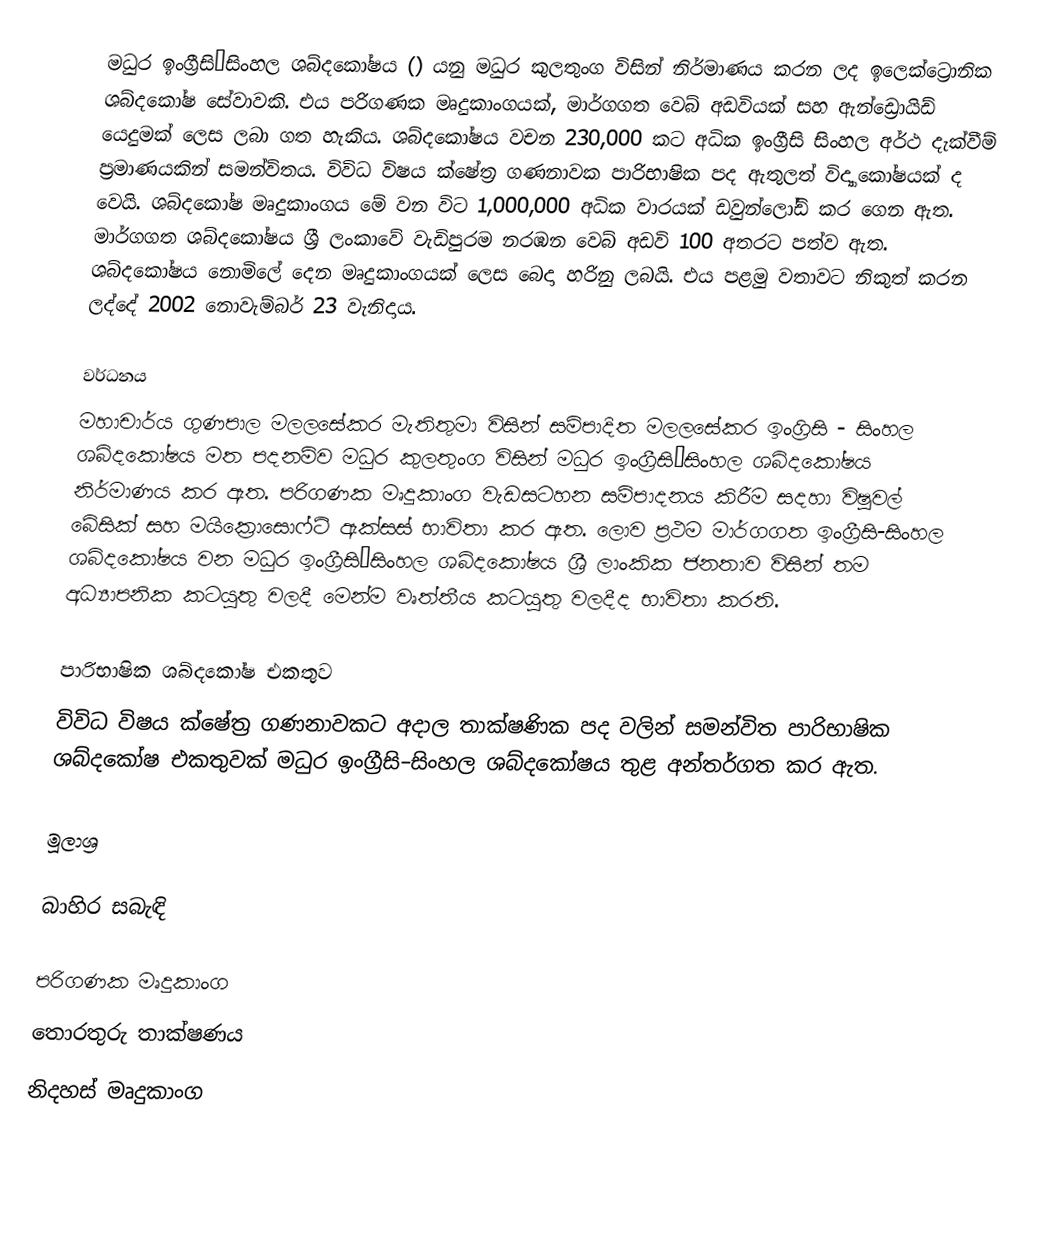
මධුර ඉංග්‍රීසි–සිංහල ශබ්දකෝෂය () යනු මධුර කුලතුංග විසින් නිර්මාණය කරන ලද ඉලෙක්ට්‍රොනික ශබ්දකෝෂ සේවාවකි. එය පරිගණක මෘදුකාංගයක්, මාර්ගගත වෙබ් අඩවියක් සහ ඇන්ඩ්‍රොයිඩ් යෙදුමක් ලෙස ලබා ගත හැකිය. ශබ්දකෝෂය වචන 230,000 කට අධික ඉංග්‍රීසි සිංහල අර්ථ දැක්වීම් ප්‍රමාණයකින් සමන්විතය. විවිධ විෂය ක්ෂේත්‍ර ගණනාවක පාරිභාෂික පද ඇතුලත් විද්‍යාකෝෂයක් ද වෙයි. ශබ්දකෝෂ මෘදුකාංගය මේ වන විට 1,000,000 අධික වාරයක් ඩවුන්ලෝඩ් කර ගෙන ඇත. මාර්ගගත ශබ්දකෝෂය ශ්‍රී ලංකාවේ වැඩිපුරම නරඹන වෙබ් අඩවි 100 අතරට පත්ව ඇත. ශබ්දකෝෂය නොමිලේ දෙන මෘදුකාංගයක් ලෙස බෙදා හරිනු ලබයි. එය පළමු වතාවට නිකුත් කරන ලද්දේ 2002 නොවැම්බර් 23 වැනිදාය.

වර්ධනය
මහාචාර්ය ගුණපාල මලලසේකර මැතිතුමා විසින් සම්පාදිත මලලසේකර ඉංග්‍රිසි - සිංහල ශබ්දකෝෂය මත පදනම්ව මධුර කුලතුංග විසින් මධුර ඉංග්‍රීසි–සිංහල ශබ්දකෝෂය නිර්මාණය කර ඇත. පරිගණක මෘදුකාංග වැඩසටහන සම්පාදනය කිරීම සදහා විෂුවල් බේසික් සහ මයික්‍රොසොෆ්ට් ඇක්සස් භාවිතා කර ඇත. ලොව ප්‍රථම මාර්ගගත ඉංග්‍රීසි-සිංහල ශබ්දකෝෂය වන මධුර ඉංග්‍රීසි–සිංහල ශබ්දකෝෂය ශ්‍රී ලාංකික ජනතාව විසින් තම අධ්‍යාපනික කටයුතු වලදී මෙන්ම වෘත්තීය කටයුතු වලදීද භාවිතා කරති.

පාරිභාෂික ශබ්දකෝෂ එකතුව
විවිධ විෂය ක්ෂේත්‍ර ගණනාවකට අදාල තාක්ෂණික පද වලින් සමන්විත පාරිභාෂික ශබ්දකෝෂ එකතුවක් මධුර ඉංග්‍රීසි–සිංහල ශබ්දකෝෂය තුළ අන්තර්ගත කර ඇත.

මූලාශ්‍ර

බාහිර සබැඳි

පරිගණක මෘදුකාංග
තොරතුරු තාක්ෂණය
නිදහස් මෘදුකාංග